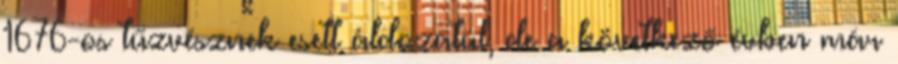
1676-os tűzvésznek esett áldozatul, de a következő évben már